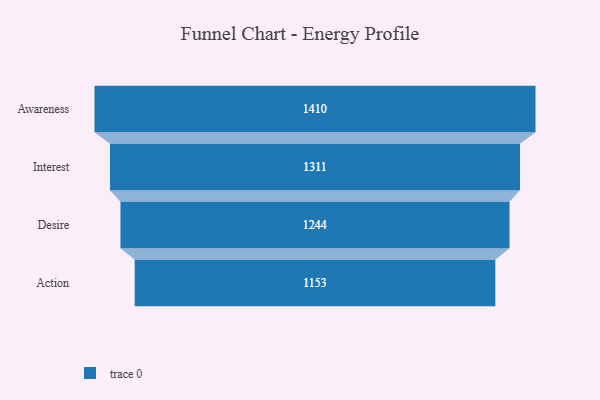
{"axis": {"x": "Stage", "y": "Value"}, "legend": [""], "data": [{"x": "Awareness", "y": 1410.0, "type": ""}, {"x": "Interest", "y": 1311.0, "type": ""}, {"x": "Desire", "y": 1244.0, "type": ""}, {"x": "Action", "y": 1153.0, "type": ""}]}